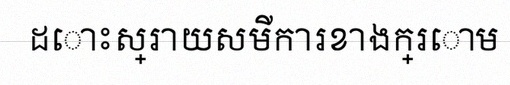
ដោះស្រាយសមីការខាងក្រោម